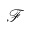
\mathscr { F }